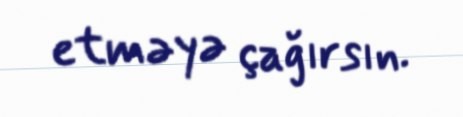
etməyə çağırsın.